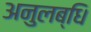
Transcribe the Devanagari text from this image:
अनुलब्धि